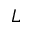
L